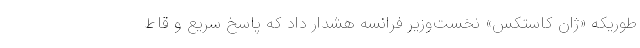
طوریکه «ژان کاستکس» نخست‌وزیر فرانسه هشدار داد که پاسخ سریع و قاط